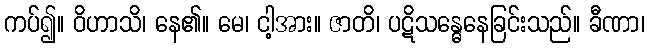
ကပ်၍။ ဝိဟာသိ၊ နေ၏။ မေ၊ ငါ့အား။ ဇာတိ၊ ပဋိသန္ဓေနေခြင်းသည်။ ခီဏာ၊